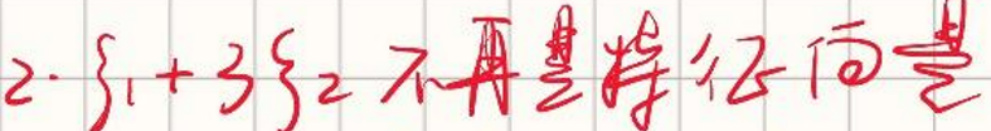
$2 \cdot s _ { 1 } + 3 s _ { 2 } \neq $零向量